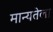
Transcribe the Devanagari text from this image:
मान्यतेला